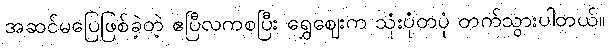
အဆင်မပြေဖြစ်ခဲ့တဲ့ ဧပြီလကစပြီး ရွှေဈေးက သုံးပုံတပုံ တက်သွားပါတယ်။